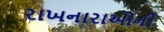
રાખનારાઓની